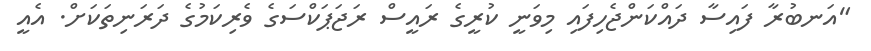
"އަނބުރާ ފައިސާ ދައްކަންޖެހިފައި މިވަނީ ކުރީގެ ރައީސް ރަޖަޕަކްސަގެ ވެރިކަމުގެ ދަރަނިތަކަށް. އެއީ